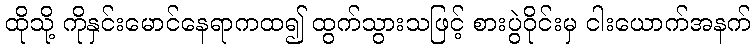
ထိုသို့ ကိုနှင်းမောင်နေရာကထ၍ ထွက်သွားသဖြင့် စားပွဲဝိုင်းမှ ငါးယောက်အနက်